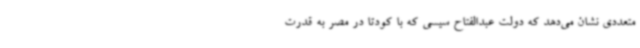
متعددی نشان می‌دهد که دولت عبدالفتاح سیسی که با کودتا در مصر به قدرت